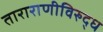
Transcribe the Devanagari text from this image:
ताराराणीविरुद्ध